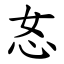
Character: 㣽